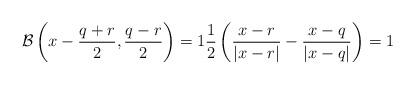
LaTeX: \begin{align*}\mathcal{B}\left(x-\frac{q+r}{2},\frac{q-r}{2}\right)=1 \frac{1}{2}\left(\frac{x-r}{|x-r|}-\frac{x-q}{|x-q|}\right) =1 \end{align*}